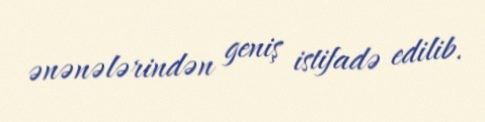
ənənələrindən geniş istifadə edilib.